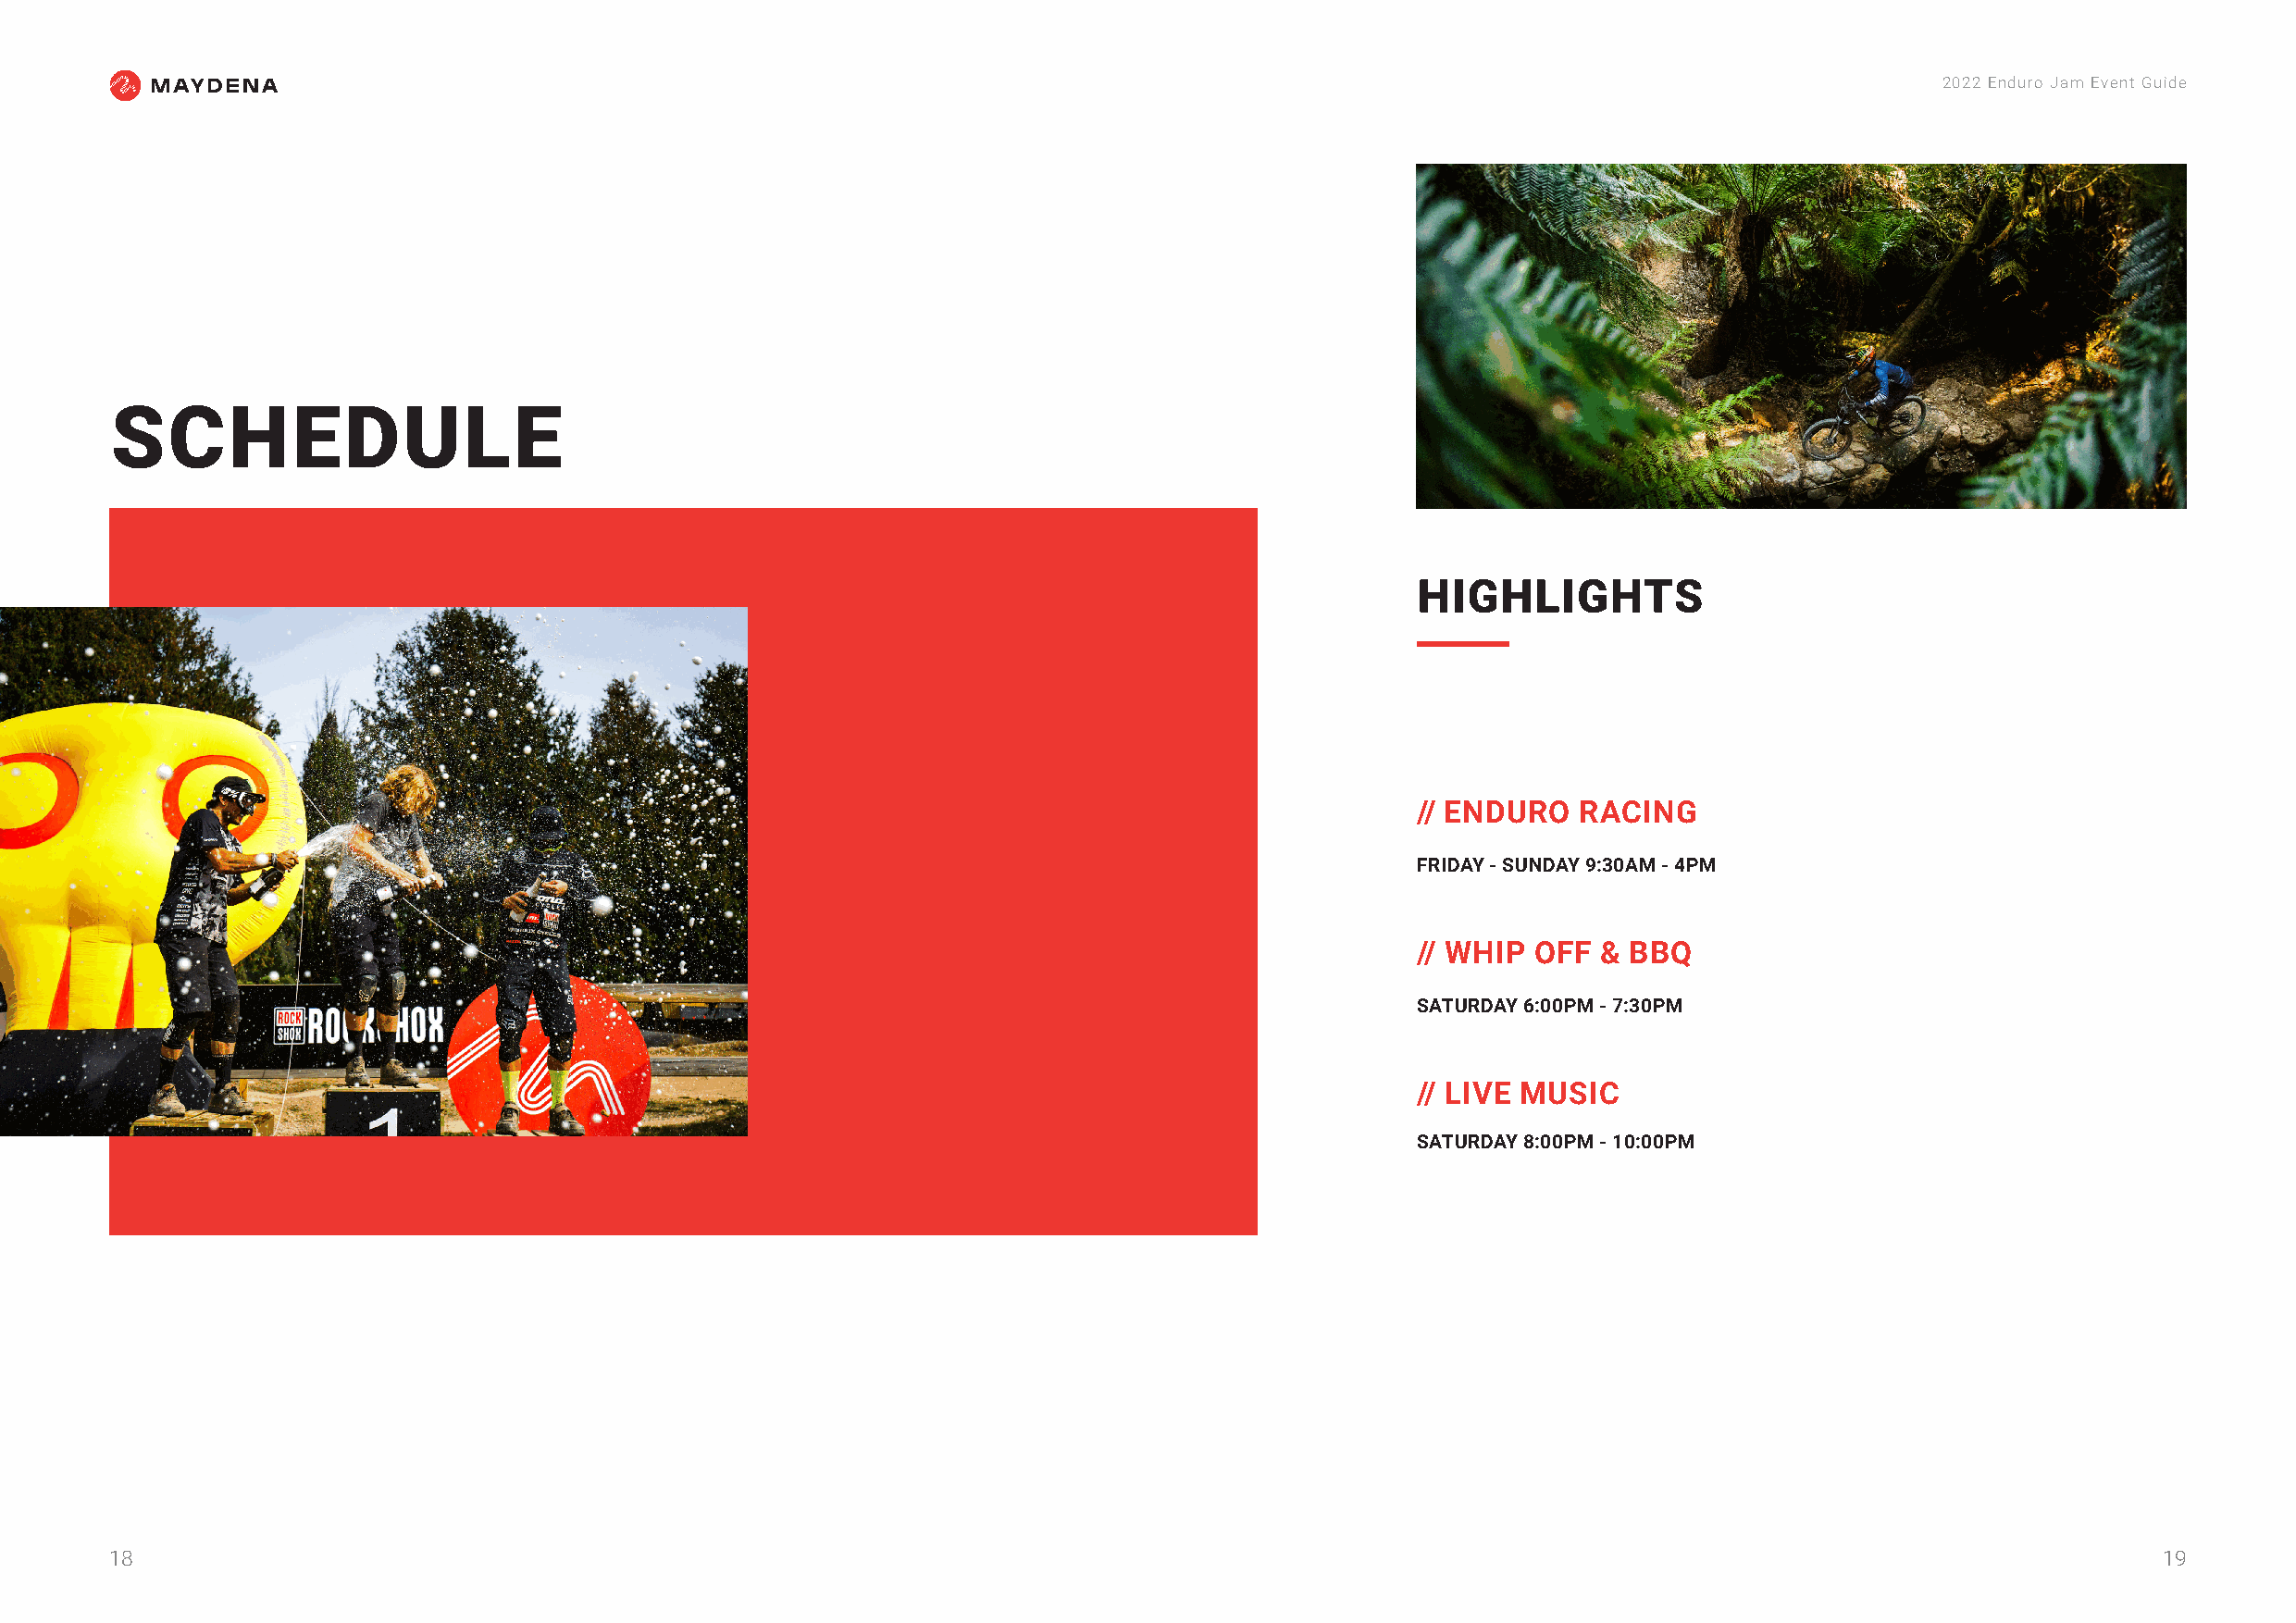
2022 Enduro Jam Event Guide
 SCHEDULE
 HIGHLIGHTS
 // ENDURO   RACING
 FRIDAY - SUNDAY 9:30AM - 4PM
 // WHIP  OFF &  BBQ
 SATURDAY 6:00PM - 7:30PM
 // LIVE MUSIC
 SATURDAY 8:00PM - 10:00PM
 18                                                                                                                                                 19